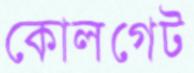
কোলগেট